Civil Veterinary Department Bengal reports 1923-33 - 1923-1933
Year: 1923
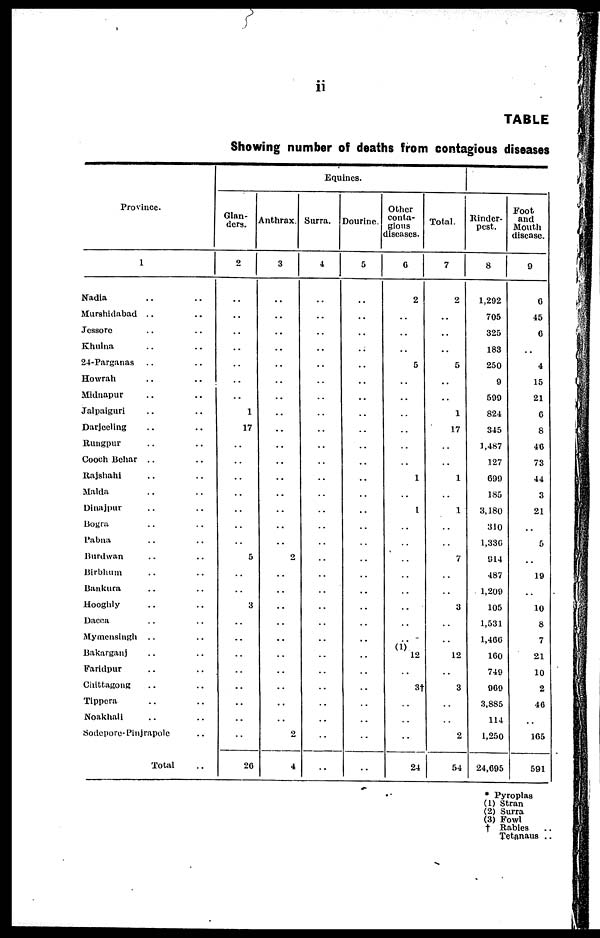
ii
TABLE
Showing number of deaths from contagious diseases
Province.
1
Nadia .. ..
Murshidabad .. ..
Jessore .. ..
Khulna .. ..
24-Parganas .. ..
Howrah .. ..
Midnapur .. ..
Jalpaiguri .. ..
Darjeeling .. ..
Rungpur .. ..
Cooch Behar .. ..
Rajshahi .. ..
Malda .. ..
Dinajpur .. ..
Bogra .. ..
Pabna .. ..
Burdwan .. ..
Birbhum .. ..
Bankura .. ..
Hooghly .. ..
Dacca .. ..
Mymensingh .. ..
Bakarganj .. ..
Faridpur .. ..
Cliitfcagong .. ..
Tippera .. ..
Noakhali .. ..
Sodepore-Pinjrapole ..
Total ..
Equines.
Glan-
ders.
2
..
..
..
..
..
..
..
1
17
..
..
..
..
..
..
..
5
..
..
3
..
..
..
..
..
..
..
..
26
Anthrax.
3
..
..
..
..
..
..
..
..
..
..
..
..
..
..
..
..
2
..
..
..
..
..
..
..
..
..
..
2
4
Surra.
4
..
..
..
..
..
..
..
..
..
..
..
..
..
..
..
..
..
..
..
..
..
..
..
..
..
..
..
..
..
Dourine.
5
..
..
..
..
..
..
..
..
..
..
..
..
..
..
..
..
..
..
..
..
..
..
..
..
..
..
..
..
..
Other
conta-
gious
diseases.
6
2
..
..
..
5
..
..
..
..
..
..
1
..
1
..
..
..
..
..
..
..
..
(i) 12
..
31
..
..
..
24
Total.
7
2
..
..
..
5
..
..
1
17
..
..
1
..
1
..
..
7
..
..
3
..
..
12
..
3
..
..
2
54
Rinder-
pest.
8
1,292
705
325
183
250
9
599
824
345
1,487
127
699
185
3,180
310
1,330
914
487
1,209
105
1,531
1,466
160
749
969
3,885
114
1,250
24,695
Foot
and
Mouth
disease.
9
6
45
6
..
4
15
21
6
8
46
73
44
3
21
..
5
..
19
..
10
8
7
21
10
2
46
..
165
591
* Pyroplas
(1) Stran
(2) Surra
(3) Fowl
† Rabies ..
Tetanaus ..